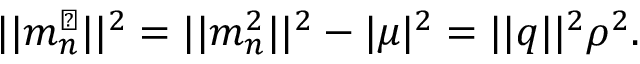
| | m _ { n } ^ { \perp } | | ^ { 2 } = | | m _ { n } ^ { 2 } | | ^ { 2 } - | \mu | ^ { 2 } = | | q | | ^ { 2 } \rho ^ { 2 } .